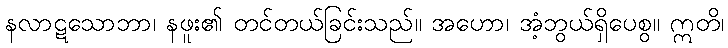
နလာဋသောဘာ၊ နဖူး၏ တင်တယ်ခြင်းသည်။ အဟော၊ အံ့ဘွယ်ရှိပေစွ။ ဣတိ၊